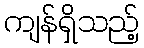
ကျန်ရှိသည့်